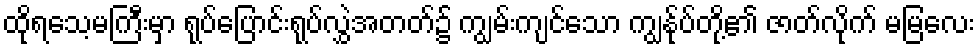
ထိုရသေ့မကြီးမှာ ရုပ်ပြောင်းရုပ်လွှဲအတတ်၌ ကျွမ်းကျင်သော ကျွန်ုပ်တို့၏ ဇာတ်လိုက် မမြလေး